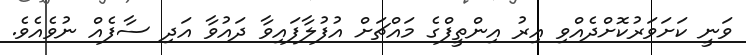
ވަނީ ކަށަވަރުކޮށްދެއްވި އިރު އިންތީފްގެ މައްޗަށް އުފުލާފައިވާ ދައުވާ އަދި ސާފެއް ނުވެއެވެ.